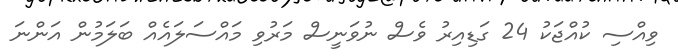
ވިއްސި ކުއްޖަކު 24 ގަޑިއިރު ވެސް ނުވަނީސް މަރުވި މައްސަލައެއް ބަލަމުން އަންނަ